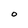
Character: O